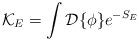
LaTeX: \begin{align*}{\cal K}_E = \int{\cal D}\{\phi\} e^{-S_E}\end{align*}